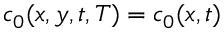
c _ { 0 } ( x , y , t , T ) = c _ { 0 } ( x , t )